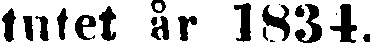
tutet år 1834.